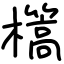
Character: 㰏